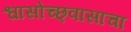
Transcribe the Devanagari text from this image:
श्वासोच्छ्वासाचा